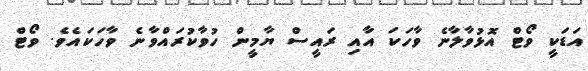
އަޑަކީ ވޯޓް އޮޅުވާލާނެ ވާހަކަ އާއި ރައީސް ޔާމީން ހުވާކުރައްވާނެ ވާހަކައެވެ. ވޯޓް